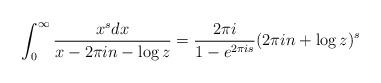
LaTeX: \begin{align*}\int_0^\infty \frac{x^s dx}{x-2\pi in-\log z} = \frac{2 \pi i}{1-e^{2 \pi is}} (2\pi in+\log z)^s\end{align*}